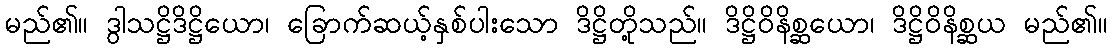
မည်၏။ ဒွါသဋ္ဌိဒိဋ္ဌိယော၊ ခြောက်ဆယ့်နှစ်ပါးသော ဒိဋ္ဌိတို့သည်။ ဒိဋ္ဌိဝိနိစ္ဆယော၊ ဒိဋ္ဌိဝိနိစ္ဆယ မည်၏။